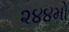
૨૪૪મો